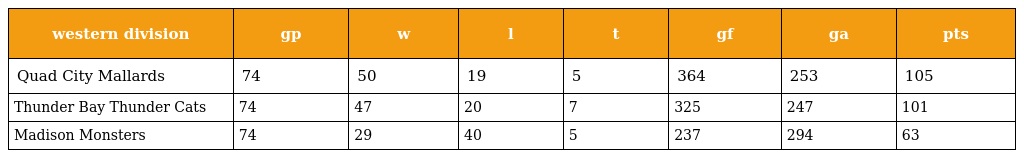
| western division | gp | w | l | t | gf | ga | pts |
 | --- | --- | --- | --- | --- | --- | --- | --- |
 | Quad City Mallards | 74 | 50 | 19 | 5 | 364 | 253 | 105 |
 | Thunder Bay Thunder Cats | 74 | 47 | 20 | 7 | 325 | 247 | 101 |
 | Madison Monsters | 74 | 29 | 40 | 5 | 237 | 294 | 63 |